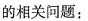
应用的相关问题：